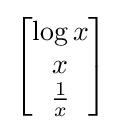
{\begin{bmatrix}\log x\\x\\{\frac {1}{x}}\end{bmatrix}}